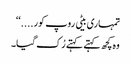
تمہاری بیٹی روپ کور....‘‘
وہ کچھ کہتے کہتے رُک گیا۔